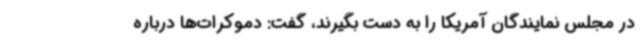
در مجلس نمایندگان آمریکا را به دست بگیرند، گفت: دموکرات‌ها درباره